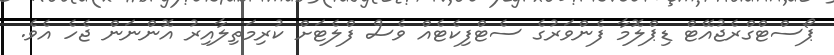
ޕޯސްޓްގްރެޖުއޭޓް ޑިޕްލޮމާ ފެންވަރުގެ ސެޓްފިކެޓެއް ވެސް ފްލެޓަށް ކުރިމަތިލާއިރު އޮންނަން ޖެހެ އެވެ.